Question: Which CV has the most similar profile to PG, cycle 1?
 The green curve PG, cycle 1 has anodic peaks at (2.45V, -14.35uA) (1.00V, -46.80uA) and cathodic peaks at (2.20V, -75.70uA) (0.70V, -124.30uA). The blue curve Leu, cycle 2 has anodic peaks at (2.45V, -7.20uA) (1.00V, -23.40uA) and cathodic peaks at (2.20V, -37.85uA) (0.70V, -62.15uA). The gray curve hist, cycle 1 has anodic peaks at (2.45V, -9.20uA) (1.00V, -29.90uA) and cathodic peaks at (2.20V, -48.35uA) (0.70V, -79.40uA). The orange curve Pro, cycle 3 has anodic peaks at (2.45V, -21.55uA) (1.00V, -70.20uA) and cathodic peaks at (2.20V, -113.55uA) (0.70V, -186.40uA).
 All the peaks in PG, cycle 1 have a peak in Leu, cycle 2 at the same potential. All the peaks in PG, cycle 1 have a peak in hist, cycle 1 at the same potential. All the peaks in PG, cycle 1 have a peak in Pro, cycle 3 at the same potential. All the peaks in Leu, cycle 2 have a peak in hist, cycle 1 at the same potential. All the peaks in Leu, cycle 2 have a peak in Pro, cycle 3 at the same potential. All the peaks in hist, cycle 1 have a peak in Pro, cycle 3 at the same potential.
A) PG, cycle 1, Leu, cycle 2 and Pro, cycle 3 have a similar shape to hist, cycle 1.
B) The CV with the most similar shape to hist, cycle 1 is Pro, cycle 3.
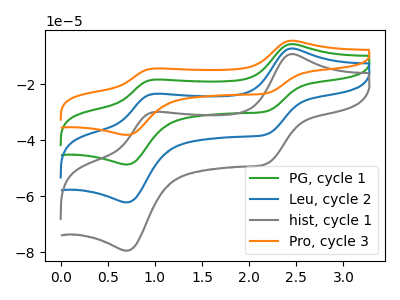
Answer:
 <answer>A) "PG, cycle 1", "Leu, cycle 2" and "Pro, cycle 3" have a similar shape to "hist, cycle 1".</answer>
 <eval>A</eval>